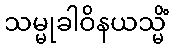
သမ္မုခါဝိနယသ္မိံ